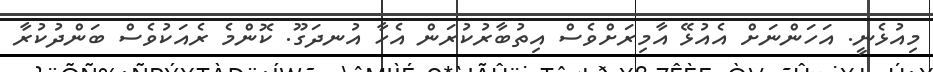
މިއުޅެނީ. އަހަންނަށް އެއުޅޭ އާމިރަަށްވެސް އިތުބާރުކުރަން އެހާ އުނދަގޫ. ކޮންމެ ރެއަކުވެސް ބަންދުކުރާ